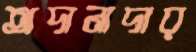
অদানাদার